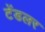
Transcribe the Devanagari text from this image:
टेंडलर